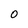
Character: 0